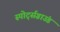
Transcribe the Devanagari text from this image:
स्पोर्ट्सग्राउंड